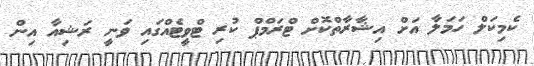
ކެމިކަލް ހަމަލާ އަށް އިޝާރާތްކޮށް ޓްރަމްޕް ކުރި ޓްވީޓެއްގައި ވަނީ ރަޝިއާ އިން